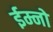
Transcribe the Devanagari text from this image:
ईम्नो